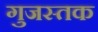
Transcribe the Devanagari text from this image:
गुजस्तक